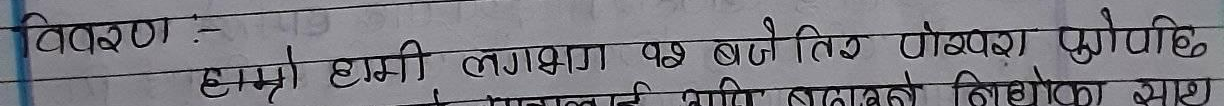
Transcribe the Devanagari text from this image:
विवरण :-
हाम्रो हामी लगभग पछि बजे तिर पोखरा पुगिछ।